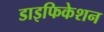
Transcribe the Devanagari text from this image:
डाइफिकेशन